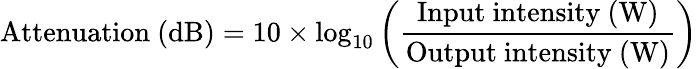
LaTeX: {\mathrm{Attenuation~(dB)}}=10\times\log_{10}\left({\frac{\mathrm{Input~intensity~(W)}}{\mathrm{Output~intensity~(W)}}}\right)